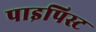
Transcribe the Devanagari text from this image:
पाइपिस्ट